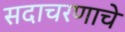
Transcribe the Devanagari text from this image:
सदाचरणाचे